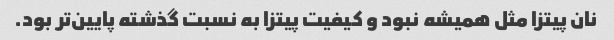
نان پیتزا مثل همیشه نبود و کیفیت پیتزا به نسبت گذشته پایین‌تر بود.